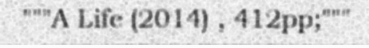
"""A Life (2014) , 412pp;"""